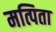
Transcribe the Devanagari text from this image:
मत्पिता